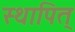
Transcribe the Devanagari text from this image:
स्थापित्